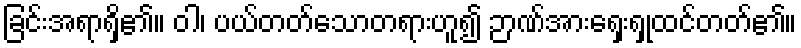
ခြင်းအရာရှိ၏။ ဝါ၊ ပယ်တတ်သောတရားဟူ၍ ဉာဏ်အားရှေးရှုထင်တတ်၏။